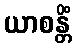
ယာစန္တိံ